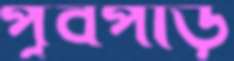
পূর্বপাড়